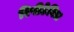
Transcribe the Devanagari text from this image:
रिपीटेबिल